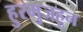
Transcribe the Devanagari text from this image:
हुरमुजहून